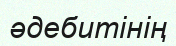
әдебитінің